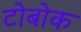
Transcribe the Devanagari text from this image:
टोबोक